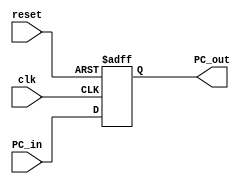
`timescale 1ns / 1ps
//////////////////////////////////////////////////////////////////////////////////
// Company: 
// Engineer: 
// 
// Design Name: 
// Module Name: program_counter
// Project Name: 
// Target Devices: 
// Tool Versions: 
// Description: 
// 
// Dependencies: 
// 
// Revision:
// Revision 0.01 - File Created
// Additional Comments:
// 
//////////////////////////////////////////////////////////////////////////////////


module program_counter(
input clk,reset,
input [31:0] PC_in,
output reg [31:0] PC_out
    );
    always @(posedge clk , negedge reset)
    begin
    if(!reset)
    PC_out <= 32'h0;
    else
    PC_out <= PC_in;
    end
endmodule